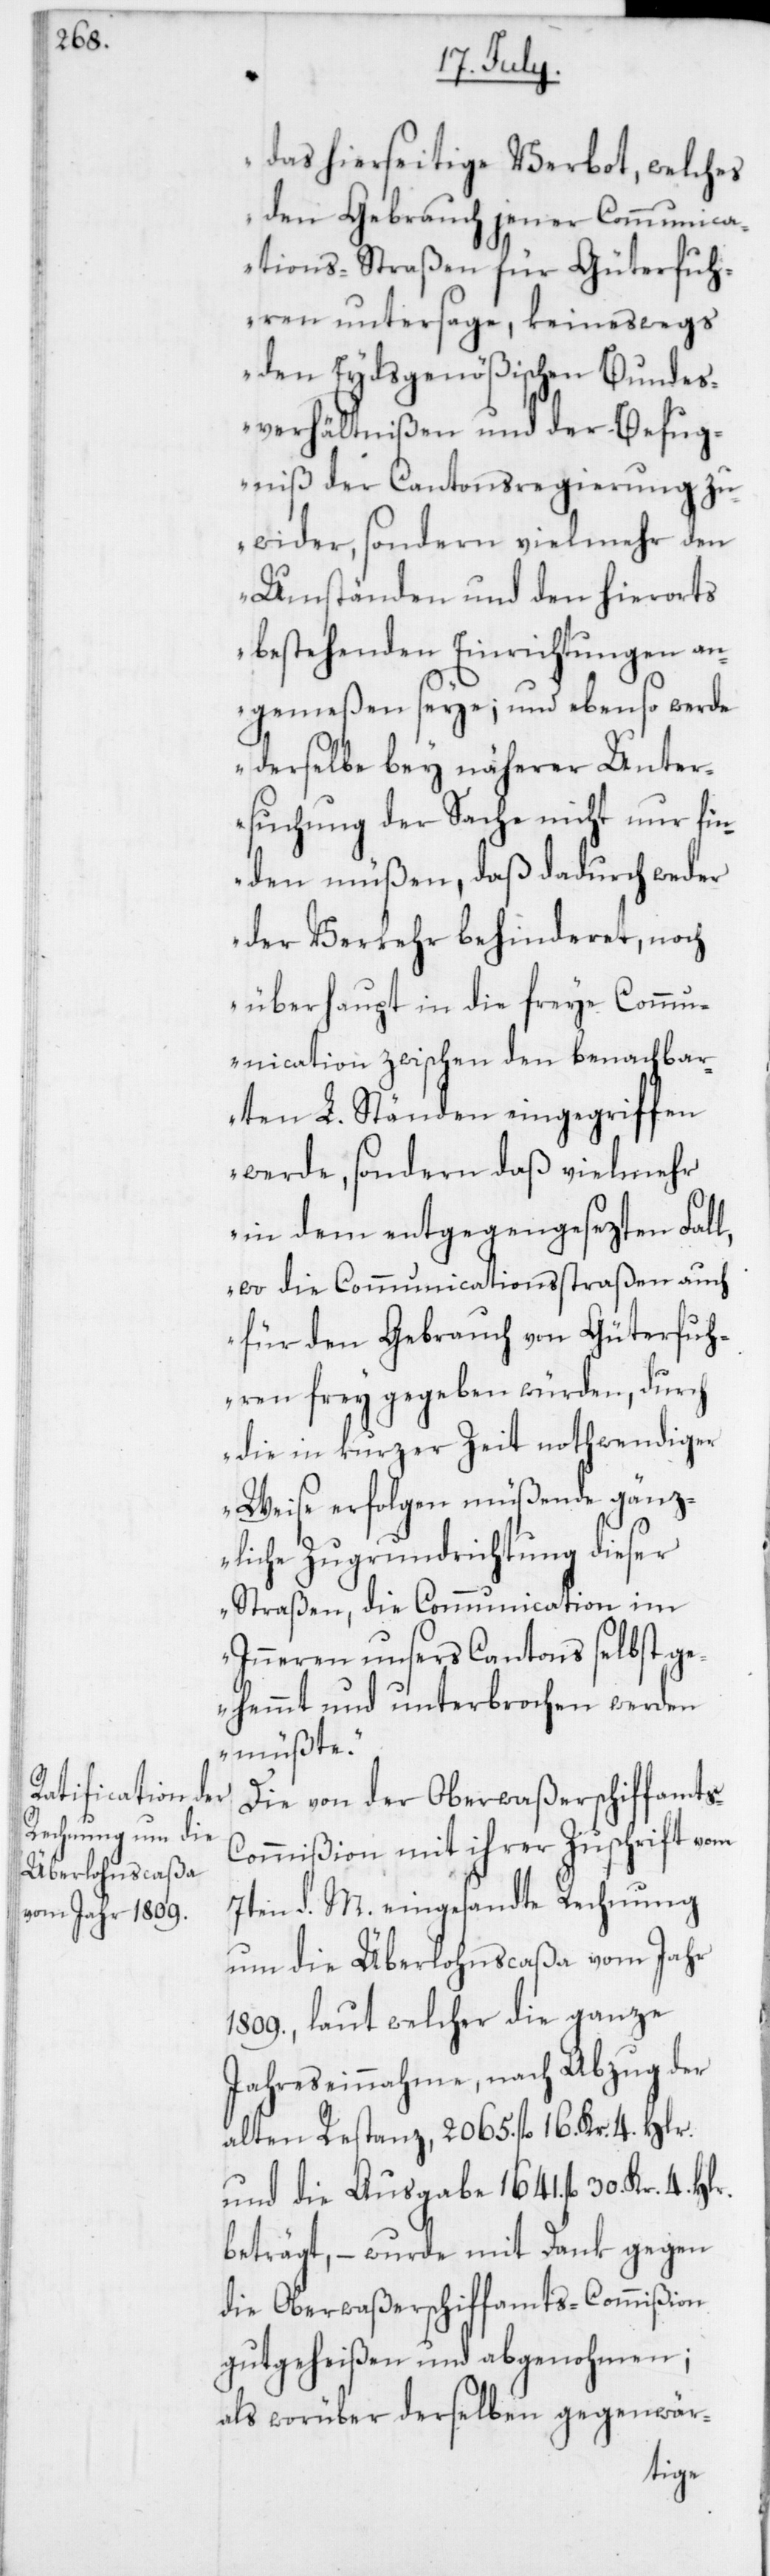
das hierseitige Verbot, welches
den Gebrauch jener Communica¬
tions-Straßen für Güterfuh¬
ren untersage, keineswegs
den Eydsgenößischen Bundes¬
verhältnißen und der Befug¬
niß der Cantonsregierung zu¬
wider, sondern vielmehr den
Umständen und den hierorts
bestehenden Einrichtungen an¬
gemeßen seye; und ebenso werde
derselbe bey näherer Unter¬
suchung der Sache nicht nur fin¬
den müßen, daß dadurch weder
der Verkehr behinderet, noch
überhaupt in die freye Comm¬
unication zwischen den benachbar¬
ten L. Ständen eingegriffen
werde, sondern daß vielmehr
in dem entgegengesezten Fall,
wo die Communicationsstraßen auch
für den Gebrauch von Güterfuh¬
ren frey gegeben würden, durch
die in kurzer Zeit nothwendiger
Weise erfolgen müßende gänz¬
liche Zugrundrichtung dieser
Straßen, die Communication im
Inneren unsers Cantons selbst ge¬
hemmt und unterbrochen werden
müßte.“
Die von der Oberwaßerschiffamts-C¬
ommißion mit ihrer Zuschrift vom
7ten d. M. eingesandte Rechnung
um die Überlohnscaßa vom Jahr
1809., laut welcher die ganze
Jahreseinnahme, nach Abzug der
alten Restanz, 2065. fl. 16. Kr. 4. Hlr.,
und die Ausgabe 1641. fl. 30. Kr.
beträgt, – wurde mit Dank gegen
die Oberwaßerschiffamts-Commißion
gutgeheißen und abgenohmen;
als worüber derselben gegenwär-